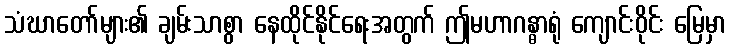
သံဃာတော်များ၏ ချမ်းသာစွာ နေထိုင်နိုင်ရေးအတွက် ဤမဟာဂန္ဓာရုံ ကျောင်းဝိုင်း မြေမှာ